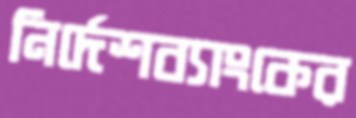
নির্দেশব্যাংকের